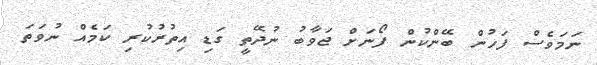
ނަމަވެސް ފަހުން ބޭންކުން ފޯނަށް ޖަވާބު ނުދޭތީ ގަޑި އިތުރުކުރި ކަމެއް ނުވަތަ